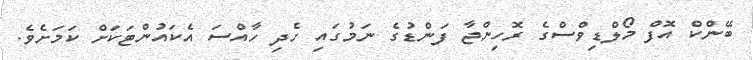
ބޭންކް އޮފް މޯލްޑިވްސްގެ ރޮހިންޖާ ފަންޑުގެ ނަމުގައި ހެދި ހާއްސަ އެކައުންޓަކަށް ކަމަށެވެ.